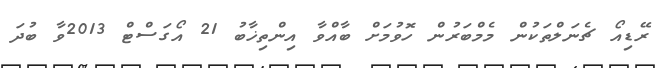
ރޭޑިއޯ ޗެނަލްތަކުން މެމްބަރުން ހޮވުމަށް ބާއްވާ އިންތިޚާބު 21 އޯގަސްޓް 2013ވާ ބުދަ